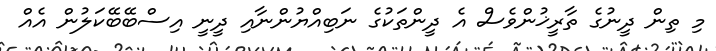
މި ތިން ދީނުގެ ތާރީޚުންވެސް އެ ދީންތަކުގެ ނަބިއްޔުންނާއި ދީނީ އިސްބޭބޭކަލުން އެއް